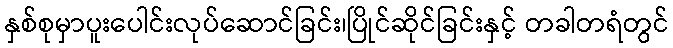
နှစ်စုမှာပူးပေါင်းလုပ်ဆောင်ခြင်း၊ပြိုင်ဆိုင်ခြင်းနှင့် တခါတရံတွင်